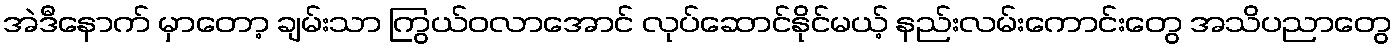
အဲဒီနောက် မှာတော့ ချမ်းသာ ကြွယ်ဝလာအောင် လုပ်ဆောင်နိုင်မယ့် နည်းလမ်းကောင်းတွေ အသိပညာတွေ